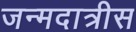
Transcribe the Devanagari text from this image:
जन्मदात्रीस